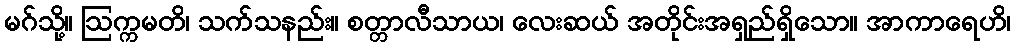
မဂ်သို့။ ဩက္ကမတိ၊ သက်သနည်း။ စတ္တာလီသာယ၊ လေးဆယ် အတိုင်းအရှည်ရှိသော။ အာကာရေဟိ၊